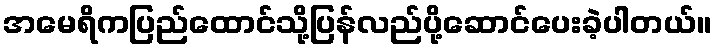
အမေရိကပြည်ထောင်သို့ပြန်လည်ပို့ဆောင်ပေးခဲ့ပါတယ်။